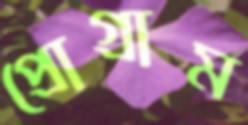
প্রোগ্রাম